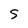
Character: S